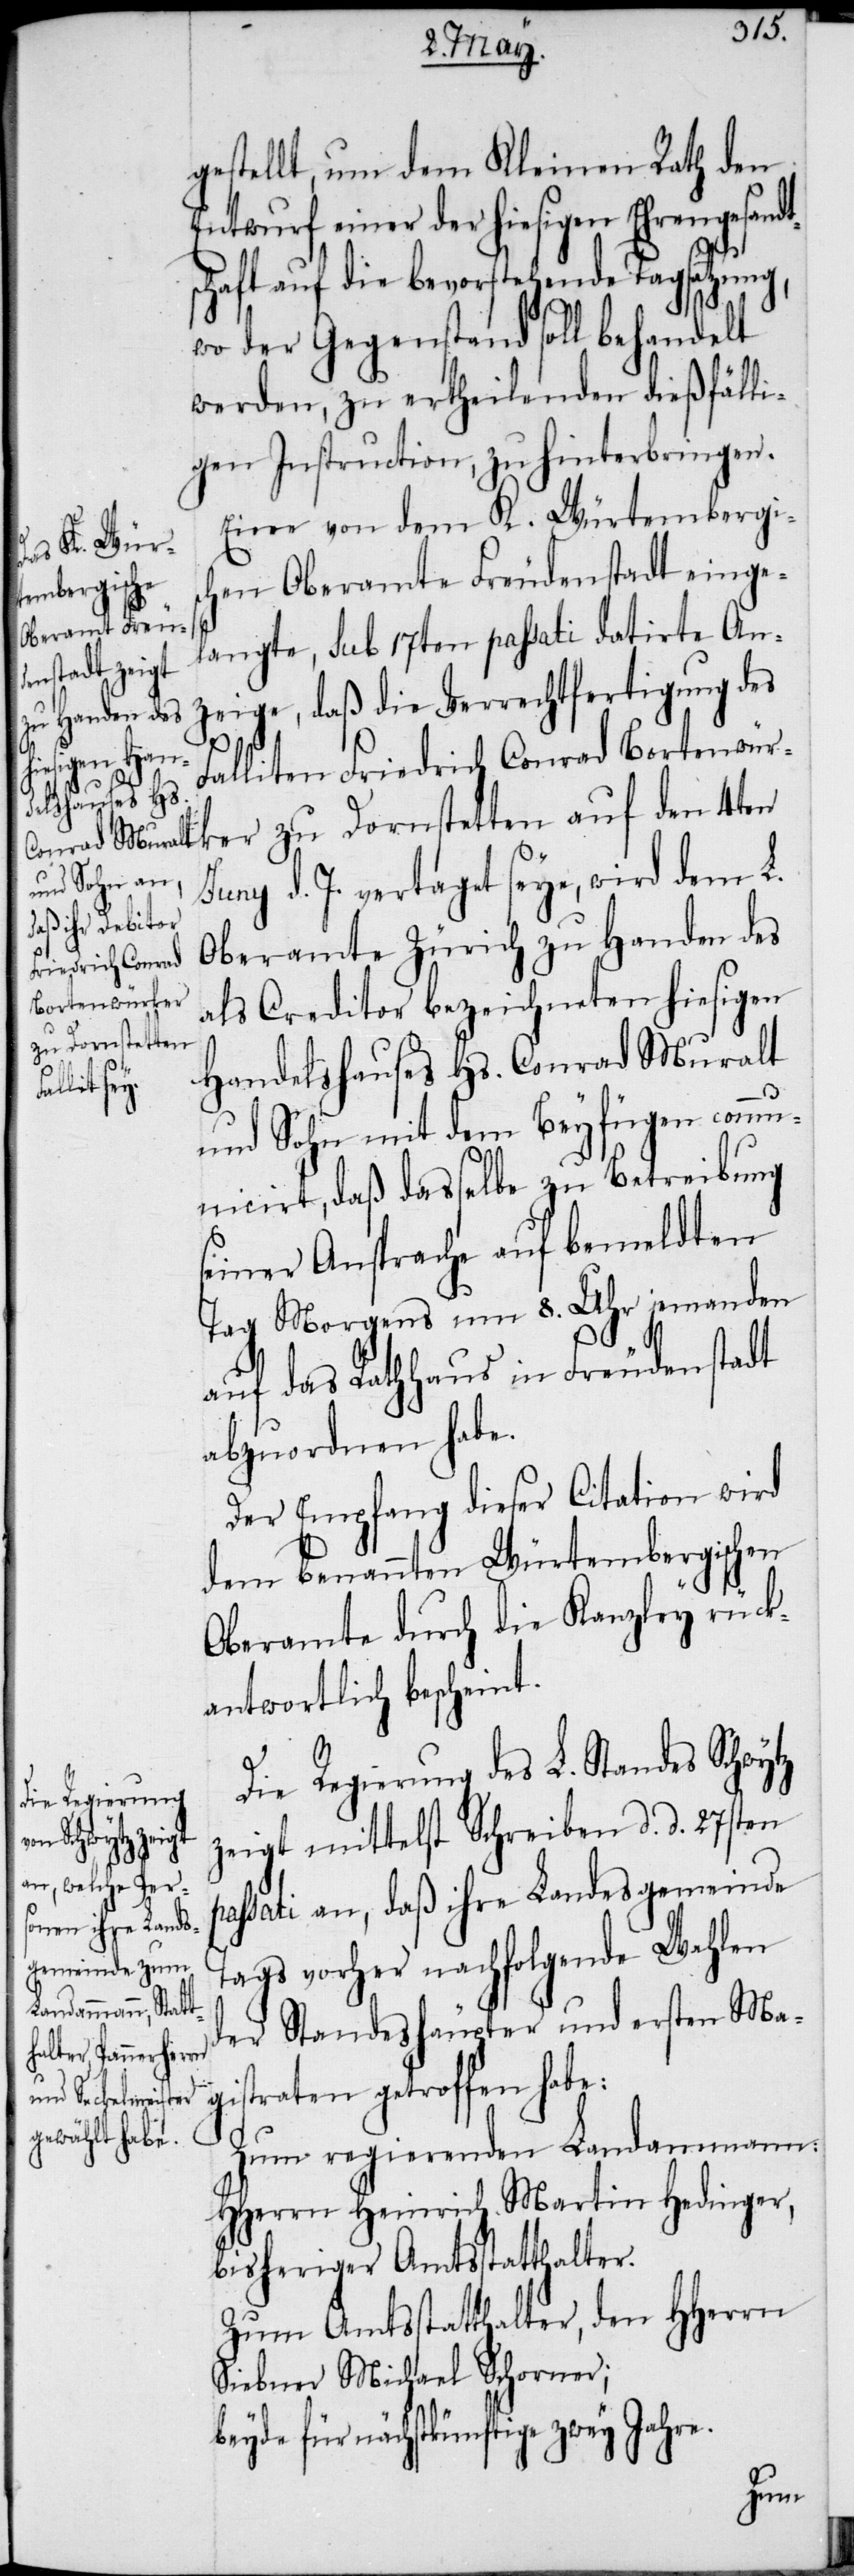
gestellt, um dem Kleinen Rath den
Entwurf einer der hiesigen Ehrengesandt¬
schaft auf die bevorstehende Tagsatzung,
wo der Gegenstand soll behandelt
werden, zu ertheilenden dießfälli¬
gen Instruction, zu hinterbringen.
Eine von dem K. Würtembergis¬
chen Oberamte Freudenstadt einge¬
langte, sub 17ten passati datirte An¬
zeige, daß die Verrechtfertigung des
Falliten Friedrich Conrad Bortenwür¬
ker zu Dornstetten auf den 4ten
Juny d. J. vertaget seye, wird dem L.
Oberamte Zürich zu Handen des
als Creditor bezeichneten hiesigen
Handelshauses Hs. Conrad Muralt
gistraten
und Sohn mit dem Beyfügen comm¬
unicirt, daß dasselbe zu Betreibung
einer Ansprache auf bemeldten
Tag Morgens um 8. Uhr jemanden
auf das Rathhaus in Freudenstadt
abzuordnen habe.
Der Empfang dieser Citation wird
dem benannten Würtembergischen
Oberamte durch die Kanzley rück¬
antwortlich bescheint.
Die Regierung des L. Standes Schwytz
zeigt mittelst Schreiben d. d. 27sten
ssati an, daß ihre Landesgemeinde
Tags vorher nachfolgende Wahlen
der Standeshäupter und ersten Ma¬
s¬
Zum regierenden Landammann:
HHerrn Heinrich Martin Hedinger,
bisheriger Amtsstatthalter.
Zum Amtsstatthalter, den HHerrn
Siebner Michael Schorner;
beyde für nächstkünftige zwey Jahre.
pa¬